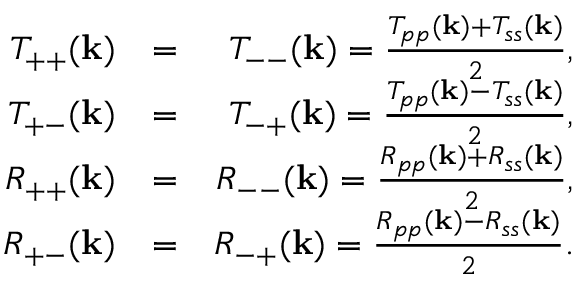
\begin{array} { r l r } { T _ { + + } ( { \bf k } ) } & { = } & { T _ { -- } ( { \bf k } ) = \frac { T _ { p p } ( { \bf k } ) + T _ { s s } ( { \bf k } ) } { 2 } , } \\ { T _ { + - } ( { \bf k } ) } & { = } & { T _ { - + } ( { \bf k } ) = \frac { T _ { p p } ( { \bf k } ) - T _ { s s } ( { \bf k } ) } { 2 } , } \\ { R _ { + + } ( { \bf k } ) } & { = } & { R _ { -- } ( { \bf k } ) = \frac { R _ { p p } ( { \bf k } ) + R _ { s s } ( { \bf k } ) } { 2 } , } \\ { R _ { + - } ( { \bf k } ) } & { = } & { R _ { - + } ( { \bf k } ) = \frac { R _ { p p } ( { \bf k } ) - R _ { s s } ( { \bf k } ) } { 2 } . } \end{array}